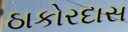
ઠાકોરદાસ